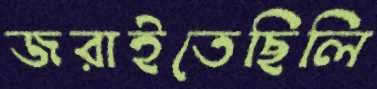
জরাইতেছিলি